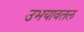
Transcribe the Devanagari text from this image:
उभयावतल